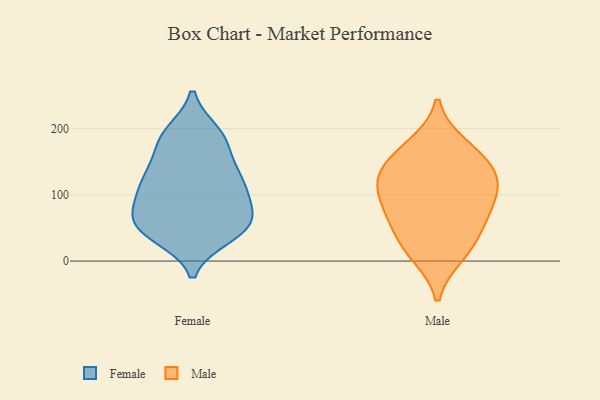
{"axis": {"x": "Net Income (USD K)", "y": "Value"}, "legend": ["Female", "Male"], "data": [{"x": "", "y": 68, "type": "Female"}, {"x": "", "y": 184, "type": "Female"}, {"x": "", "y": 42, "type": "Female"}, {"x": "", "y": 114, "type": "Female"}, {"x": "", "y": 138, "type": "Female"}, {"x": "", "y": 49, "type": "Female"}, {"x": "", "y": 180, "type": "Female"}, {"x": "", "y": 193, "type": "Female"}, {"x": "", "y": 139, "type": "Female"}, {"x": "", "y": 189, "type": "Female"}, {"x": "", "y": 56, "type": "Female"}, {"x": "", "y": 56, "type": "Female"}, {"x": "", "y": 119, "type": "Female"}, {"x": "", "y": 50, "type": "Female"}, {"x": "", "y": 104, "type": "Female"}, {"x": "", "y": 123, "type": "Female"}, {"x": "", "y": 38, "type": "Female"}, {"x": "", "y": 85, "type": "Female"}, {"x": "", "y": 85, "type": "Female"}, {"x": "", "y": 88, "type": "Male"}, {"x": "", "y": 10, "type": "Male"}, {"x": "", "y": 58, "type": "Male"}, {"x": "", "y": 127, "type": "Male"}, {"x": "", "y": 174, "type": "Male"}, {"x": "", "y": 25, "type": "Male"}, {"x": "", "y": 75, "type": "Male"}, {"x": "", "y": 116, "type": "Male"}, {"x": "", "y": 128, "type": "Male"}, {"x": "", "y": 157, "type": "Male"}]}